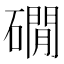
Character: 礀